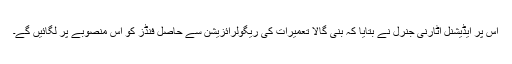
اس پر ایڈیشنل اٹارنی جنرل نے بتایا کہ بنی گالا تعمیرات کی ریگولرائزیشن سے حاصل فنڈز کو اس منصوبے پر لگائیں گے۔